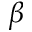
\beta